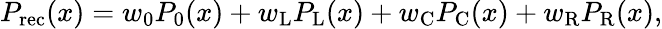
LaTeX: \begin{array}{r}{P_{\mathrm{rec}}(x)=w_{0}P_{0}(x)+w_{\mathrm{L}}P_{\mathrm{L}}(x)+w_{\mathrm{C}}P_{\mathrm{C}}(x)+w_{\mathrm{R}}P_{\mathrm{R}}(x),}\end{array}